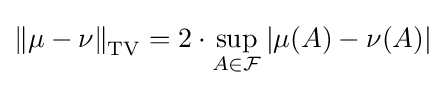
\left\|\mu -\nu \right\|_{\text{TV}}=2\cdot \sup _{A\in {\mathcal {F}}}|\mu (A)-\nu (A)|